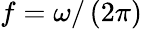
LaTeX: f=\omega/\left(2\pi\right)